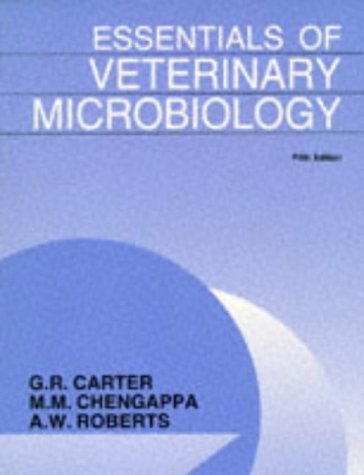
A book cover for Essentials of Veterinary Microbiology; G. R. Carter; Medical Books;